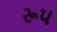
રૂ૫